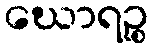
ဃောရဉ္စ